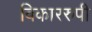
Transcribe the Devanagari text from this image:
विकाररुपी